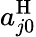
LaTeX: a_{j0}^{\mathrm{H}}